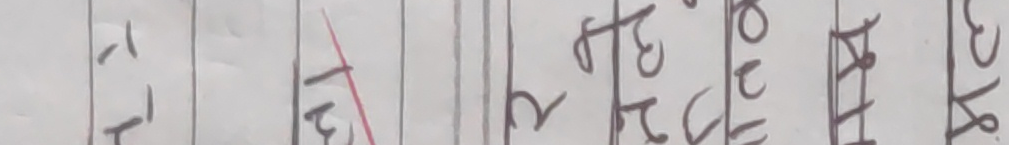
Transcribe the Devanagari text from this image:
क।
रेग,
२
ओेरच
श्रीमती
४